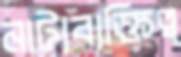
নাট্যব্যক্তিত্ব